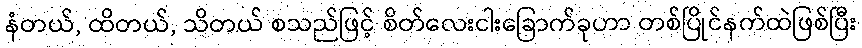
နံတယ်, ထိတယ်, သိတယ် စသည်ဖြင့် စိတ်လေးငါးခြောက်ခုဟာ တစ်ပြိုင်နက်ထဲဖြစ်ပြီး